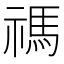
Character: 禡